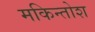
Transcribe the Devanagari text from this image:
मकिन्तोश